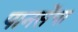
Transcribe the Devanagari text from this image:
पानसेंचा